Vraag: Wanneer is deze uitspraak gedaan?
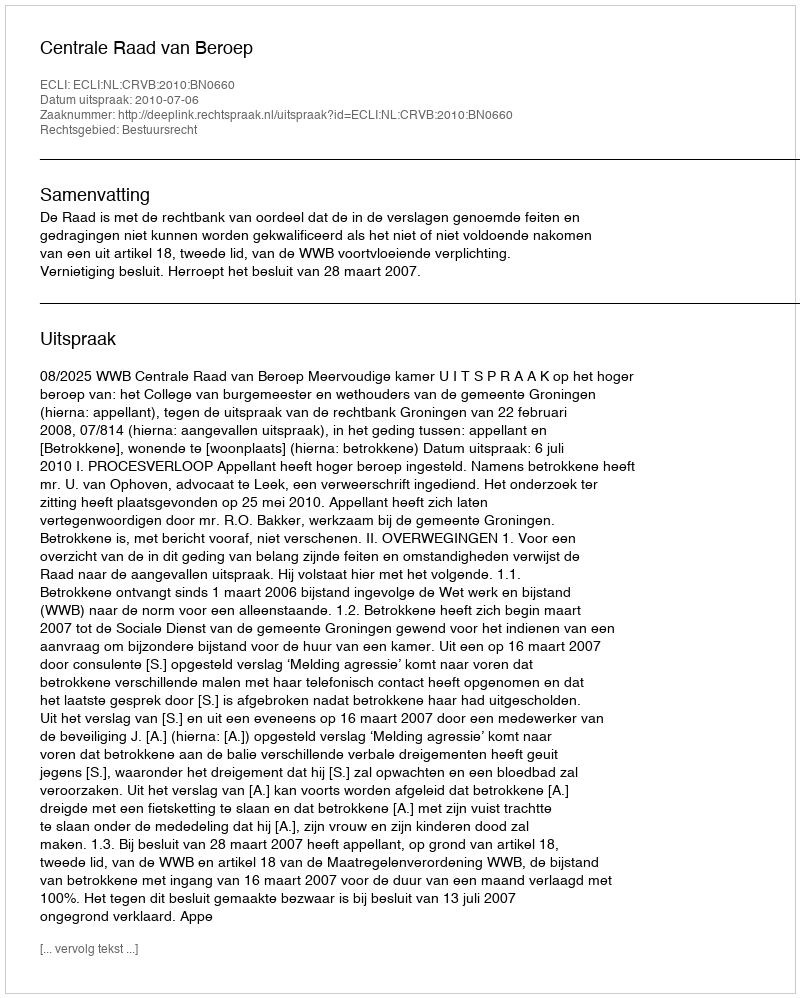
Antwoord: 2010-07-06